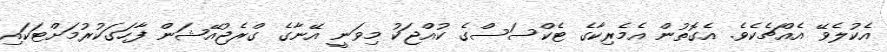
އެކުލެވޭ އެއްޗެކެވެ. އެގޮތުން އެމެރިކާގެ ޓެކްސަސްގެ ކުއްޖަކު މިވަނީ އޭނާގެ ގްރެޖުއޭޝަން ފާހަގަކުރުމަށްޓަކައި